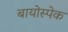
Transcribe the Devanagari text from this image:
बायोस्पेक